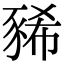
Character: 豨